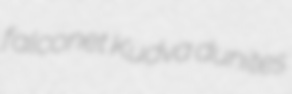
falconet Kudva dunites